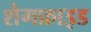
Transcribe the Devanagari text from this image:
शेगफ्राइड